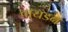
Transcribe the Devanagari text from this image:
वायडन